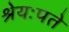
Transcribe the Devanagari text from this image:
श्रेयःपते